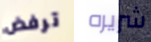
ترفض شريره